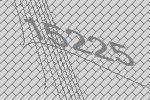
15225